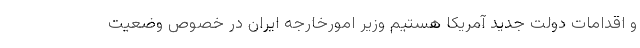
و اقدامات دولت جدید آمریکا هستیم وزیر امورخارجه ایران در خصوص وضعیت